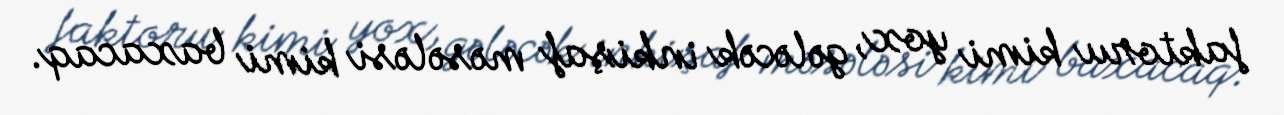
faktoru kimi yox, gələcək inkişaf məsələsi kimi baxacaq.